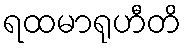
ရထမာရုဟီတိ